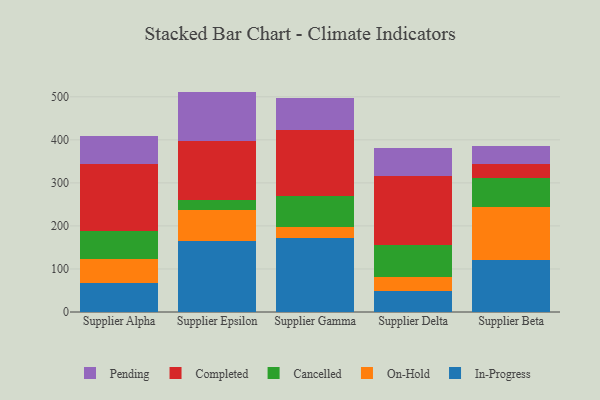
{"axis": {"x": "Supplier", "y": "Population (Million)"}, "legend": ["Cancelled", "Completed", "In-Progress", "On-Hold", "Pending"], "data": [{"x": "Supplier Alpha", "y": 67.9, "type": "In-Progress"}, {"x": "Supplier Alpha", "y": 55.4, "type": "On-Hold"}, {"x": "Supplier Alpha", "y": 64.9, "type": "Cancelled"}, {"x": "Supplier Alpha", "y": 156.5, "type": "Completed"}, {"x": "Supplier Alpha", "y": 64.0, "type": "Pending"}, {"x": "Supplier Epsilon", "y": 163.9, "type": "In-Progress"}, {"x": "Supplier Epsilon", "y": 72.2, "type": "On-Hold"}, {"x": "Supplier Epsilon", "y": 25.2, "type": "Cancelled"}, {"x": "Supplier Epsilon", "y": 137.0, "type": "Completed"}, {"x": "Supplier Epsilon", "y": 113.8, "type": "Pending"}, {"x": "Supplier Gamma", "y": 172.5, "type": "In-Progress"}, {"x": "Supplier Gamma", "y": 23.9, "type": "On-Hold"}, {"x": "Supplier Gamma", "y": 72.9, "type": "Cancelled"}, {"x": "Supplier Gamma", "y": 154.7, "type": "Completed"}, {"x": "Supplier Gamma", "y": 73.9, "type": "Pending"}, {"x": "Supplier Delta", "y": 48.1, "type": "In-Progress"}, {"x": "Supplier Delta", "y": 33.0, "type": "On-Hold"}, {"x": "Supplier Delta", "y": 75.0, "type": "Cancelled"}, {"x": "Supplier Delta", "y": 159.5, "type": "Completed"}, {"x": "Supplier Delta", "y": 66.2, "type": "Pending"}, {"x": "Supplier Beta", "y": 120.4, "type": "In-Progress"}, {"x": "Supplier Beta", "y": 122.9, "type": "On-Hold"}, {"x": "Supplier Beta", "y": 69.1, "type": "Cancelled"}, {"x": "Supplier Beta", "y": 30.6, "type": "Completed"}, {"x": "Supplier Beta", "y": 41.6, "type": "Pending"}]}